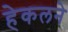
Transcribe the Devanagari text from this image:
हेकलने